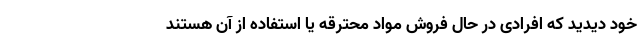
خود دیدید که افرادی در حال فروش مواد محترقه یا استفاده از آن هستند